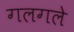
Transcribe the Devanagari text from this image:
गलगले